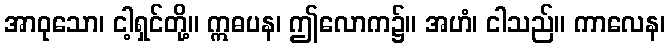
အာဝုသော၊ ငါ့ရှင်တို့။ ဣဓပန၊ ဤလောက၌။ အဟံ၊ ငါသည်။ ကာလေန၊